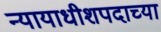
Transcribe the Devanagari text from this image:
न्यायाधीशपदाच्या